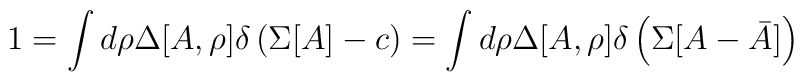
1=\int d\rho\Delta[A,\rho]\delta\left(\Sigma [A]-c\right)  =\int d\rho\Delta[A,\rho]\delta\left(\Sigma [A-\bar{A}]\right)